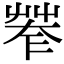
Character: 𦯤